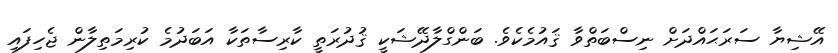
އޭޝިޔާ ސަރަޙައްދަށް ނިސްބަތްވާ ޤައުމެކެވެ. ބަންގްލާދޭޝަކީ ޤުދުރަތީ ކާރިސާތަކާ އަބަދުމެ ކުރިމަތިލާން ޖެހިފައި